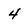
Character: 4